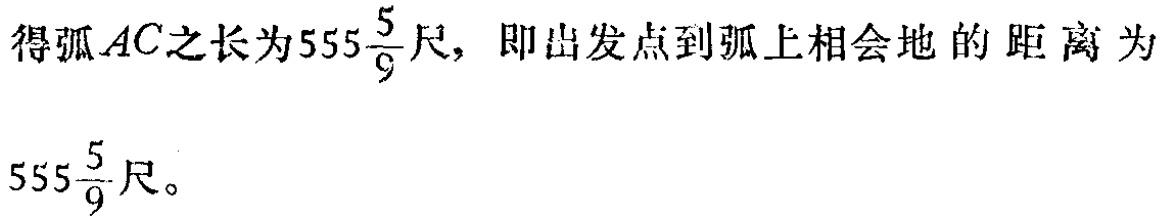
得弧\(AC\)之长为\(555\frac{5}{9}\)尺，即出发点到弧上相会地的距离为\(555\frac{5}{9}\)尺。